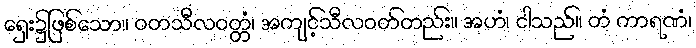
ရှေး၌ဖြစ်သော။ ဝတသီလဝတ္တံ၊ အကျင့်သီလဝတ်တည်း။ အဟံ၊ ငါသည်။ တံ ကာရဏံ၊